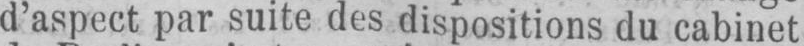
d’aspect par suite des dispositions du cabinet